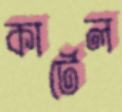
কার্টেল